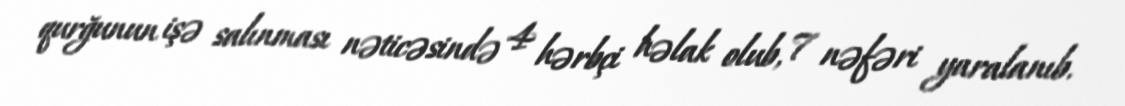
qurğunun işə salınması nəticəsində 4 hərbçi həlak olub, 7 nəfəri yaralanıb.